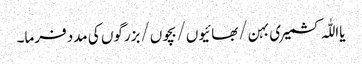
یااللّٰہ کشمیری بہن/بھائیوں/بچوں/بزرگوں کی مدد فرما۔